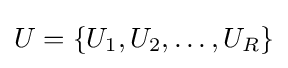
U=\{U_{1},U_{2},\ldots ,U_{R}\}